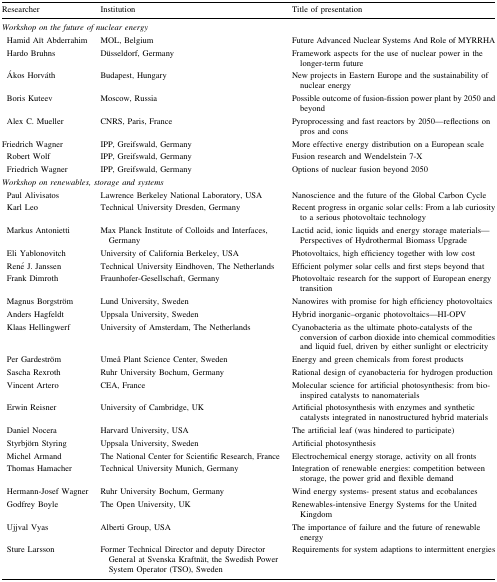
<table><thead><tr><td><b>Researcher</b></td><td><b>Institution</b></td><td><b>Title of presentation</b></td></tr></thead><tbody><tr><td colspan="3"><i>Workshop on the future of nuclear energy</i></td></tr><tr><td> Hamid Aït Abderrahim</td><td>MOL, Belgium</td><td>Future Advanced Nuclear Systems And Role of MYRRHA</td></tr><tr><td> Hardo Bruhns</td><td>Düsseldorf, Germany</td><td>Framework aspects for the use of nuclear power in the longer-term future</td></tr><tr><td> Ákos Horváth</td><td>Budapest, Hungary</td><td>New projects in Eastern Europe and the sustainability of nuclear energy</td></tr><tr><td> Boris Kuteev</td><td>Moscow, Russia</td><td>Possible outcome of fusion-fission power plant by 2050 and beyond</td></tr><tr><td> Alex C. Mueller</td><td>CNRS, Paris, France</td><td>Pyroprocessing and fast reactors by 2050—reflections on pros and cons</td></tr><tr><td>Friedrich Wagner</td><td>IPP, Greifswald, Germany</td><td>More effective energy distribution on a European scale</td></tr><tr><td> Robert Wolf</td><td>IPP, Greifswald, Germany</td><td>Fusion research and Wendelstein 7-X</td></tr><tr><td> Friedrich Wagner</td><td>IPP, Greifswald, Germany</td><td>Options of nuclear fusion beyond 2050</td></tr><tr><td colspan="3"><i>Workshop on renewables, storage and systems</i></td></tr><tr><td> Paul Alivisatos</td><td>Lawrence Berkeley National Laboratory, USA</td><td>Nanoscience and the future of the Global Carbon Cycle</td></tr><tr><td> Karl Leo</td><td>Technical University Dresden, Germany</td><td>Recent progress in organic solar cells: From a lab curiosity to a serious photovoltaic technology</td></tr><tr><td> Markus Antonietti</td><td>Max Planck Institute of Colloids and Interfaces, Germany</td><td>Lactid acid, ionic liquids and energy storage materials—Perspectives of Hydrothermal Biomass Upgrade</td></tr><tr><td> Eli Yablonovitch</td><td>University of California Berkeley, USA</td><td>Photovoltaics, high efficiency together with low cost</td></tr><tr><td> René J. Janssen</td><td>Technical University Eindhoven, The Netherlands</td><td>Efficient polymer solar cells and first steps beyond that</td></tr><tr><td> Frank Dimroth</td><td>Fraunhofer-Gesellschaft, Germany</td><td>Photovoltaic research for the support of European energy transition</td></tr><tr><td> Magnus Borgström</td><td>Lund University, Sweden</td><td>Nanowires with promise for high efficiency photovoltaics</td></tr><tr><td> Anders Hagfeldt</td><td>Uppsala University, Sweden</td><td>Hybrid inorganic–organic photovoltaics—HI-OPV</td></tr><tr><td> Klaas Hellingwerf</td><td>University of Amsterdam, The Netherlands</td><td>Cyanobacteria as the ultimate photo-catalysts of the conversion of carbon dioxide into chemical commodities and liquid fuel, driven by either sunlight or electricity</td></tr><tr><td> Per Gardeström</td><td>Umeå Plant Science Center, Sweden</td><td>Energy and green chemicals from forest products</td></tr><tr><td> Sascha Rexroth</td><td>Ruhr University Bochum, Germany</td><td>Rational design of cyanobacteria for hydrogen production</td></tr><tr><td> Vincent Artero</td><td>CEA, France</td><td>Molecular science for artificial photosynthesis: from bio-inspired catalysts to nanomaterials</td></tr><tr><td> Erwin Reisner</td><td>University of Cambridge, UK</td><td>Artificial photosynthesis with enzymes and synthetic catalysts integrated in nanostructured hybrid materials</td></tr><tr><td> Daniel Nocera</td><td>Harvard University, USA</td><td>The artificial leaf (was hindered to participate)</td></tr><tr><td> Styrbjörn Styring</td><td>Uppsala University, Sweden</td><td>Artificial photosynthesis</td></tr><tr><td> Michel Armand</td><td>The National Center for Scientific Research, France</td><td>Electrochemical energy storage, activity on all fronts</td></tr><tr><td> Thomas Hamacher</td><td>Technical University Munich, Germany</td><td>Integration of renewable energies: competition between storage, the power grid and flexible demand</td></tr><tr><td> Hermann-Josef Wagner</td><td>Ruhr University Bochum, Germany</td><td>Wind energy systems- present status and ecobalances</td></tr><tr><td> Godfrey Boyle</td><td>The Open University, UK</td><td>Renewables-intensive Energy Systems for the United Kingdom</td></tr><tr><td> Ujjval Vyas</td><td>Alberti Group, USA</td><td>The importance of failure and the future of renewable energy</td></tr><tr><td> Sture Larsson</td><td>Former Technical Director and deputy Director General at Svenska Kraftnät, the Swedish Power System Operator (TSO), Sweden</td><td>Requirements for system adaptions to intermittent energies</td></tr></tbody></table>